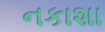
નકાશા